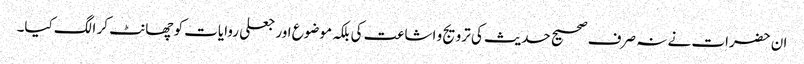
ان حضرات نے نہ صرف صحیح حدیث کی ترویج و اشاعت کی بلکہ موضوع اور جعلی روایات کو چھانٹ کر الگ کیا۔